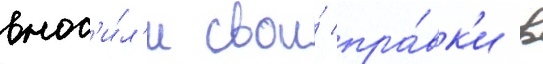
внос'и́л'и свои́ пра́вк'и в